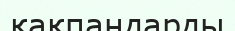
қақпандарды